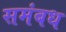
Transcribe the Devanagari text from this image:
समंबध